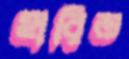
হারিত